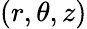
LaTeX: (r,\theta,z)